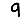
Digit: 9